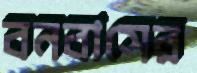
বনবাসের